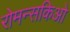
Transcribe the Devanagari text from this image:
रोमन्सकिओ